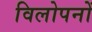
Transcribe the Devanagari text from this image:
विलोपनों